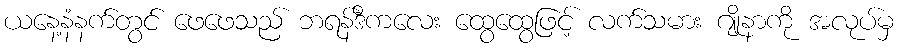
ယနေ့နံနက်တွင် ဖေဖေသည် ဘရန်ဒီကလေး ထွေထွေဖြင့် လက်သမား ဂျိုနာကို အလုပ်မှ